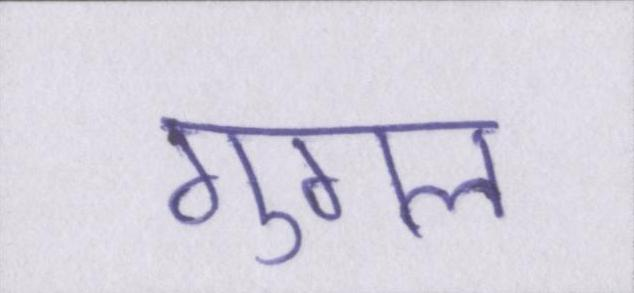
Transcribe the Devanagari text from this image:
गुगल